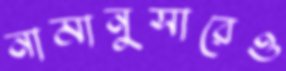
নামানুসারেও